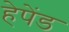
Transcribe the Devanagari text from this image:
हेपेंड